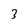
Character: 3